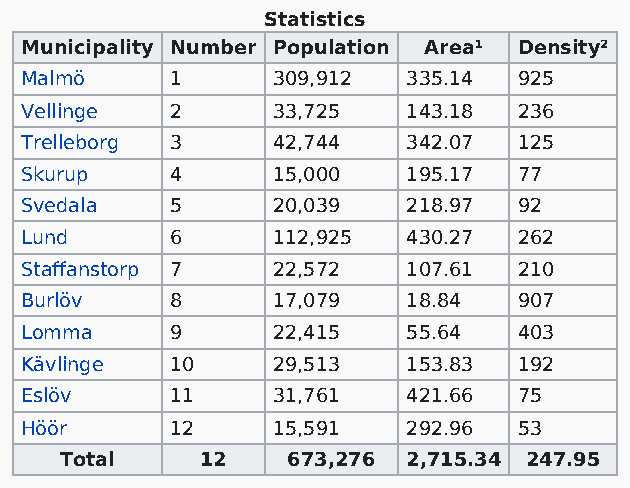
Statistics
 Municipality Number Population Area¹ Density²
 Malmö     1      309,912  335.14 925
 Vellinge  2      33,725   143.18 236
 Trelleborg 3     42,744   342.07 125
 Skurup    4      15,000   195.17 77
 Svedala   5      20,039   218.97 92
 Lund      6      112,925  430.27 262
 Staffanstorp 7   22,572   107.61 210
 Burlöv    8      17,079   18.84  907
 Lomma     9      22,415   55.64  403
 Kävlinge  10     29,513   153.83 192
 Eslöv     11     31,761   421.66 75
 Höör      12     15,591   292.96 53
 Total    12    673,276 2,715.34 247.95